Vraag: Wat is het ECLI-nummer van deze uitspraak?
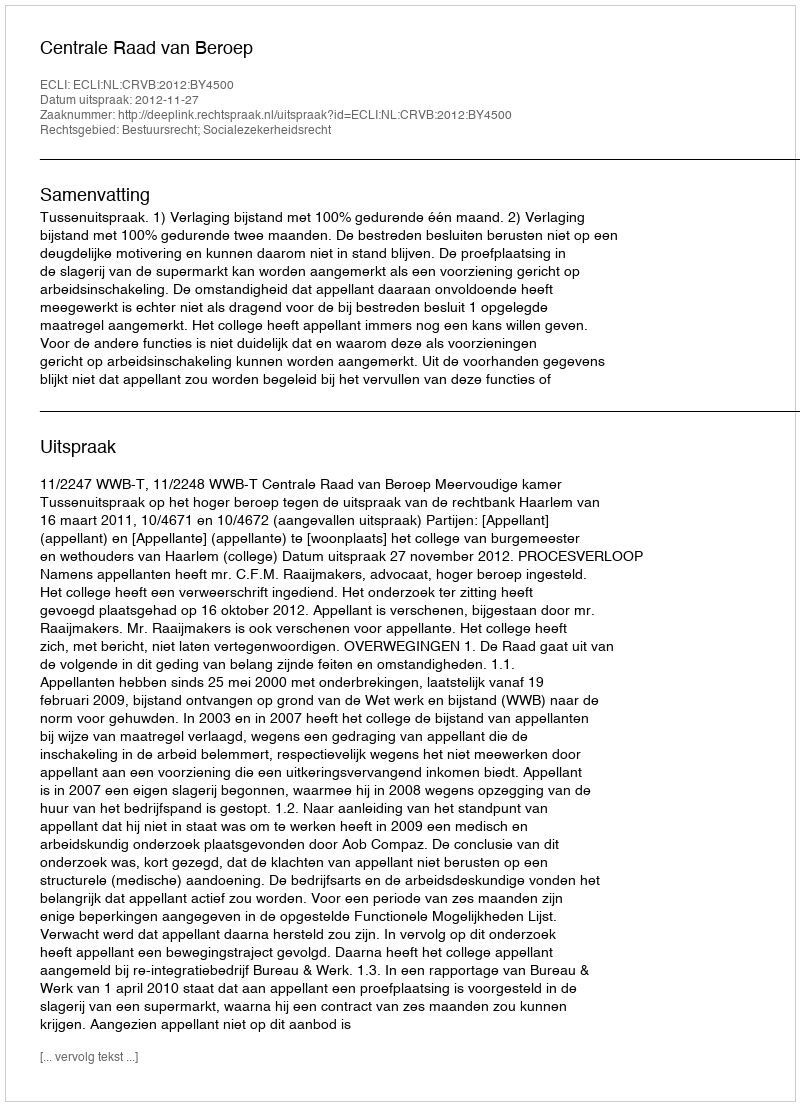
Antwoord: ECLI:NL:CRVB:2012:BY4500